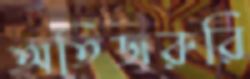
অতিজরুরি